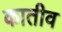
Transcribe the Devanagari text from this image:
कातीव